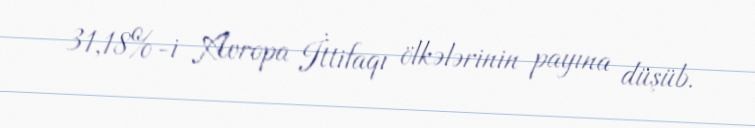
31,18%-i Avropa İttifaqı ölkələrinin payına düşüb.